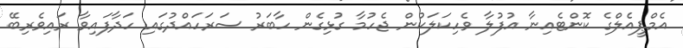
އެމްޕީއެލްގެ ކޮންޓެއިނާ އުފުލާ ވެހިކަލަކުން ޖެހުމާ ގުޅިގެން ހާބަރު ސަރަހައްދުގައި ހަދާފައިވާ ރައިވެރިބޭ